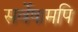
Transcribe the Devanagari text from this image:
सर्वेषामपि